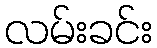
လမ်းခင်း